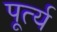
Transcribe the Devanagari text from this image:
पूर्त्य